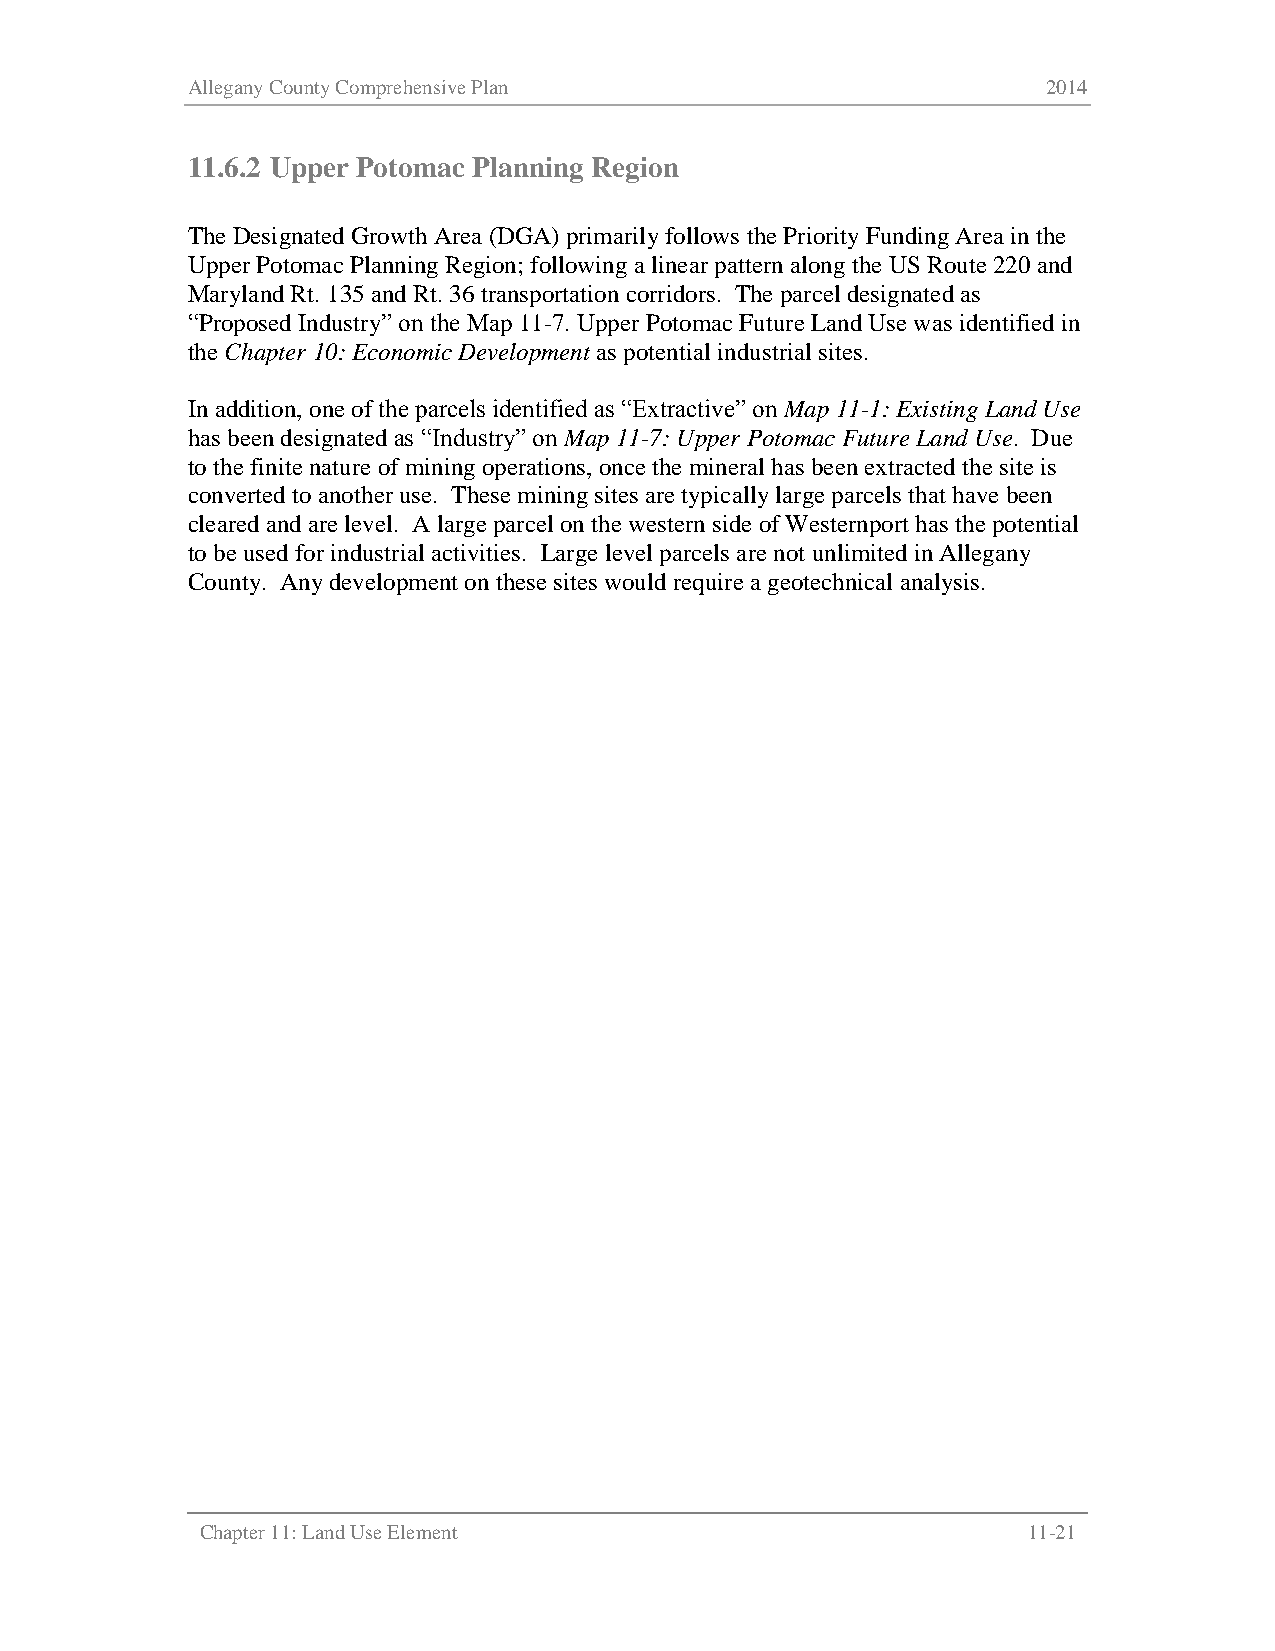
Allegany County Comprehensive Plan                       2014
 11.6.2 Upper Potomac Planning Region
 The Designated Growth Area (DGA) primarily follows the Priority Funding Area in the
 Upper Potomac Planning Region; following a linear pattern along the US Route 220 and
 Maryland Rt. 135 and Rt. 36 transportation corridors. The parcel designated as
 “Proposed Industry” on the Map 11-7. Upper Potomac Future Land Use was identified in
 the Chapter 10: Economic Development as potential industrial sites.
 In addition, one of the parcels identified as “Extractive” on Map 11-1: Existing Land Use
 has been designated as “Industry” on Map 11-7: Upper Potomac Future Land Use. Due
 to the finite nature of mining operations, once the mineral has been extracted the site is
 converted to another use. These mining sites are typically large parcels that have been
 cleared and are level. A large parcel on the western side of Westernport has the potential
 to be used for industrial activities. Large level parcels are not unlimited in Allegany
 County. Any development on these sites would require a geotechnical analysis.
 Chapter 11: Land Use Element                           11-21